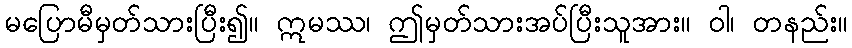
မပြောမီမှတ်သားပြီး၍။ ဣမဿ၊ ဤမှတ်သားအပ်ပြီးသူအား။ ဝါ၊ တနည်း။